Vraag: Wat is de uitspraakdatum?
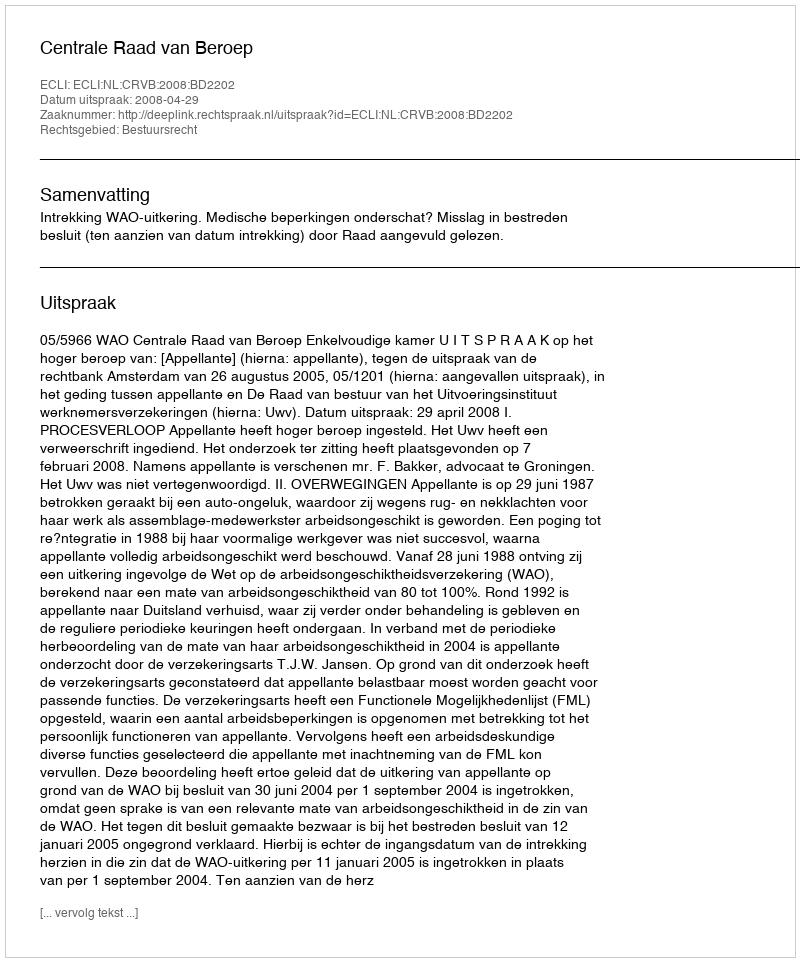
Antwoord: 2008-04-29